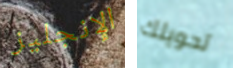
الإنجليز تحويلك